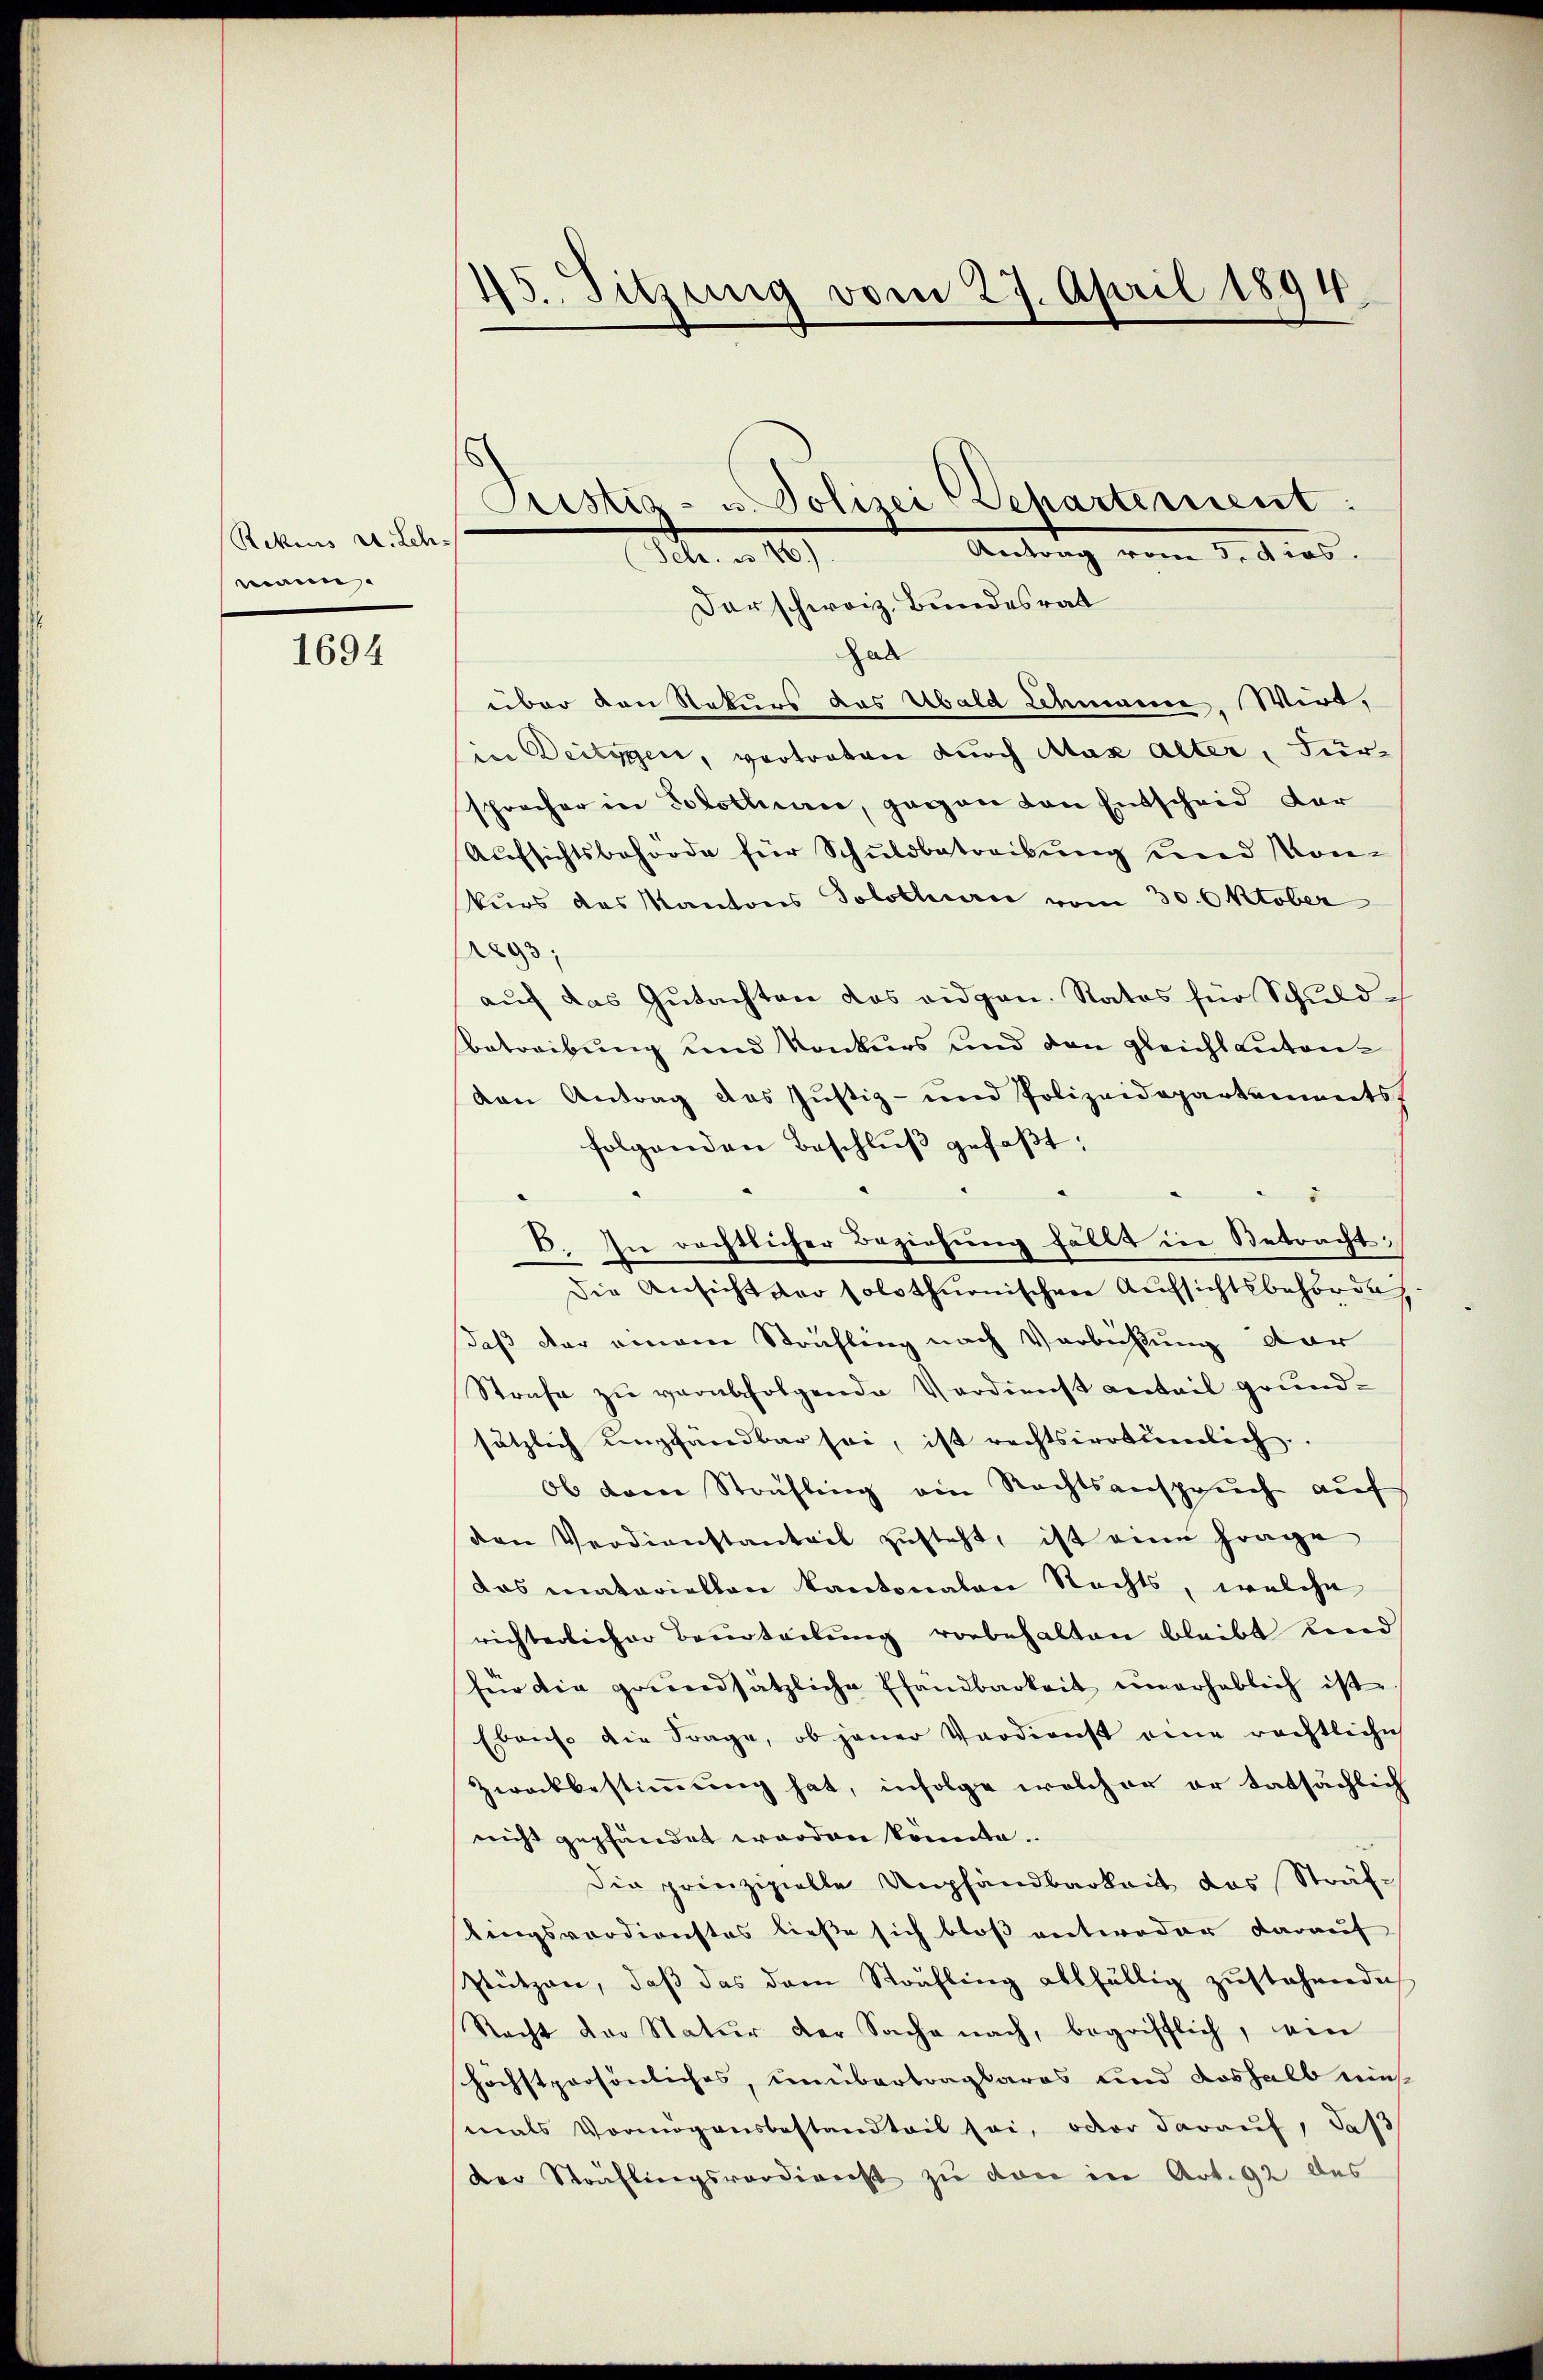
Rekius u. Leh-
mann.

1694

45. Sitzung vom 27. April 1894

Der schweiz, Bundesrat
Zal
über den Rekurs das Ubald Lehmann, Wirt,
sine Deitigen, vertreten durch Max alter, Fürsprecher in Solothurn, gegen von Entscheid der
Aufsichtsbehörde für Schuldbetreibung und Konkurs das Kantons Solothurn vom 30. Oktober
1893;
auf das Gutachten das eidgen. Ratos für Schuldbetreibung und Konkurs und den gleicht Lutonden Antrag des Justiz- und Polizeidepartements
folgenden Beschlŭβ gefaßt:
E. In rechtlicher Beziehung fällt in Betracht,
Die Ansicht der solothurnischen Aŭfsichtsbehörde
daß der einem Sträfling nach Verbichtung dar
Strafe zu verabfolgende Verdienst anteil grundsätzlich empfändbar sei, ist rechtsirrtümlich.
ob dem Sträfling ein Rechtsansprŭch aŭf
den Verdienstanteil zusteht, ist eine Frage
das matariellen kantonalen Rechts, welche
richterlicher Beurteilung vorbehalten bleibt und
für die grundsätzliche Pfandbarkeit unerheblich ist
Ebenso die Frage, ob jener Verdienst eine rechtliche
Zwackbestiṁŭng hat, infolge welcher er tatsächlich
nicht gepfändet worden könnte.
Die prinzipielle Ampfandbarkeit das Sträf-
lingsverdienstes ließe sich bloß entweder darauf
Pützen, daß das dem Sträfling allfällig zustehende
Nacht der Natur der Sache nach, begrifflich, ein
schöchstpersönliches, unübertragbares und deshalb eins
mals Vermögensbestandteil sei, oder daraŭf, das
Der Sträflingsverdienst zŭ von in Art. 92 des

Justiz- u. Polizei Departement:
Antrag vom 3. dies
Nr. . 10